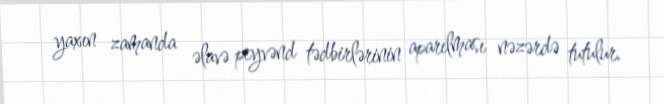
yaxın zamanda əlavə peyvənd tədbirlərinin aparılması nəzərdə tutulur.